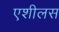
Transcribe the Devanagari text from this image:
एशीलस